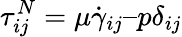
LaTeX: \tau_{ij}^{N}=\mu\dot{\gamma}_{ij}–p\delta_{ij}